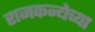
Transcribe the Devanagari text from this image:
राजकन्येच्या